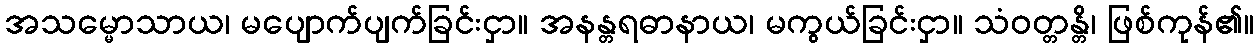
အသမ္မောသာယ၊ မပျောက်ပျက်ခြင်းငှာ။ အနန္တရဓာနာယ၊ မကွယ်ခြင်းငှာ။ သံဝတ္တန္တိ၊ ဖြစ်ကုန်၏။